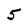
Character: 5